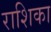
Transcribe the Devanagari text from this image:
राशिका